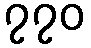
၇၇၀